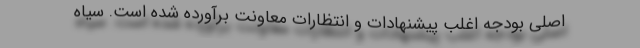
اصلی بودجه اغلب پیشنهادات و انتظارات معاونت برآورده شده است. سیاه